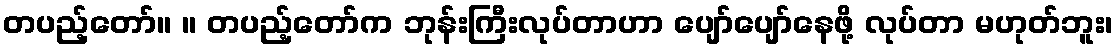
တပည့်တော်။ ။ တပည့်တော်က ဘုန်းကြီးလုပ်တာဟာ ပျော်ပျော်နေဖို့ လုပ်တာ မဟုတ်ဘူး၊